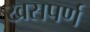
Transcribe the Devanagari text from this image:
खसपर्ण